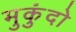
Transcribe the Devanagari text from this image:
मुकुंदो